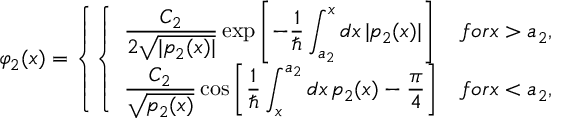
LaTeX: \varphi _ { 2 } ( x ) = \left\{ \left\{ \begin{array} { l l } { { \displaystyle { \frac { C _ { 2 } } { 2 \sqrt { | p _ { 2 } ( x ) | } } } \exp \left[ - { \frac { 1 } { \hbar } } \int _ { a _ { 2 } } ^ { x } d x \, | p _ { 2 } ( x ) | \right] } } & { { f o r x > a _ { 2 } , } } \\ { { \displaystyle { \frac { C _ { 2 } } { \sqrt { p _ { 2 } ( x ) } } } \cos \left[ { \frac { 1 } { \hbar } } \int _ { x } ^ { a _ { 2 } } d x \, p _ { 2 } ( x ) - { \frac { \pi } { 4 } } \right] } } & { { f o r x < a _ { 2 } , } } \end{array} \right. \right.